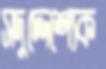
সদুদ্দেশ্যেক